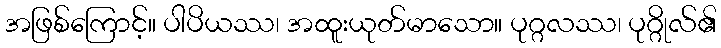
အဖြစ်ကြောင့်။ ပါပိယဿ၊ အထူးယုတ်မာသော။ ပုဂ္ဂလဿ၊ ပုဂ္ဂိုလ်၏